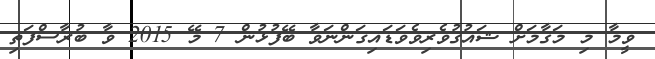
ވީމާ މި މަޤާމަށް ޝައުޤުވެރިވެވަޑައިގަންނަވާ ބޭފުޅުން 7 މޭ 2015 ވާ ބުރާސްފަތި